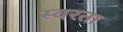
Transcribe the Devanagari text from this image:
स्वरता